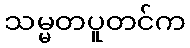
သမ္မတပူတင်က